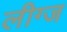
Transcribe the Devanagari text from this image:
लीग्ज